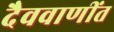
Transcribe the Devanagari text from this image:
दैववाणींत